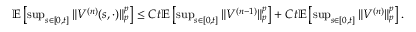
\begin{array} { r } { \mathbb { E } \left[ \operatorname* { s u p } _ { s \in [ 0 , t ] } \| V ^ { ( n ) } ( s , \cdot ) \| _ { p } ^ { p } \right] \leq C t \mathbb E \left[ \operatorname* { s u p } _ { s \in [ 0 , t ] } \| V ^ { ( n - 1 ) } \| _ { p } ^ { p } \right] + C t \mathbb E \left[ \operatorname* { s u p } _ { s \in [ 0 , t ] } \| V ^ { ( n ) } \| _ { p } ^ { p } \right] . } \end{array}